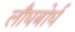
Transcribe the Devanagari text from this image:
लौघबोर्घ